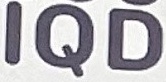
IQD